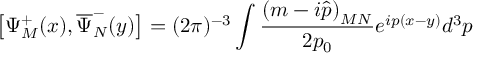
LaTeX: \left[ \Psi _ { M } ^ { + } ( x ) , \overline { { { \Psi } } } _ { N } ^ { - } ( y ) \right] = ( 2 \pi ) ^ { - 3 } \int \frac { \left( m - i \widehat { p } \right) _ { M N } } { 2 p _ { 0 } } e ^ { i p ( x - y ) } d ^ { 3 } p